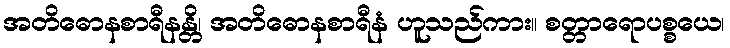
အတိဓောနစာရီနန္တိ၊ အတိဓောနစာရီနံ ဟူသည်ကား။ စတ္တာရောပစ္စယေ၊